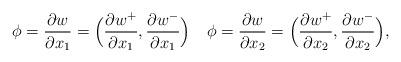
LaTeX: \begin{align*}\phi=\frac{\partial w}{\partial{x_1}}=\Big(\frac{\partial w^+}{\partial{x_1}}, \frac{\partial w^-}{\partial{x_1}}\Big) \quad \phi=\frac{\partial w}{\partial{x_2}}=\Big(\frac{\partial w^+}{\partial{x_2}}, \frac{\partial w^-}{\partial{x_2}}\Big),\end{align*}